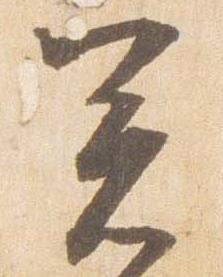
箸